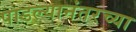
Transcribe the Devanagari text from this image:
पाडल्यानंतरच्या